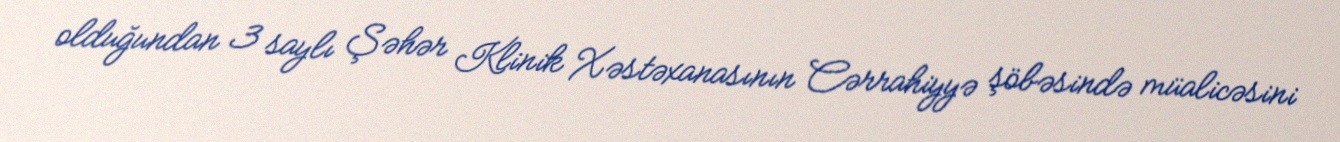
olduğundan 3 saylı Şəhər Klinik Xəstəxanasının Cərrahiyyə şöbəsində müalicəsini